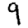
Digit: 9